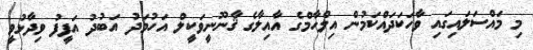
މި މައްސަލައިގައި ވާހަކަދައްކަމުން އިލްހާމްގެ އާއިލާގެ ޤާނޫނީވަކީލް އަހުމަދު އަބުދު އަފީފު ވިދާޅުވީ